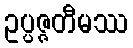
ဥပ္ပဇ္ဇတီမဿ